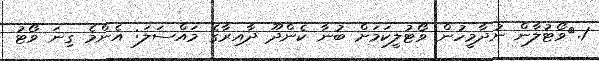
1.	ވޯޓުލާން ނުދާމީހުން ވޯޓުލީކަމަށް ބުނާ ކެންދޫ ދާއިރާގެ މައްސަލަ: އެންމެ ގިނަ ވޯޓު